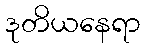
ဒုတိယနေရာ